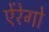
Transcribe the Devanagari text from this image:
ऐंरेगो